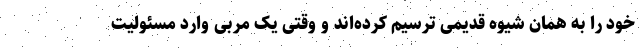
خود را به همان شیوه قدیمی ترسیم کرده‌اند و وقتی یک مربی وارد مسئولیت